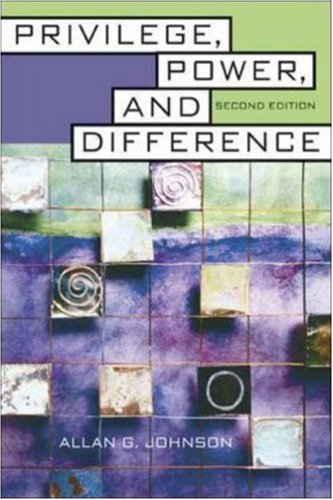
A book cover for Privilege, Power, and Difference; Allan G. Johnson; History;